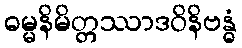
ဓမ္မနိမိတ္တဿာဒဝိနိဗန္ဓံ